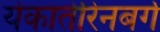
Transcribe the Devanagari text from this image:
येकातेरिनबर्ग